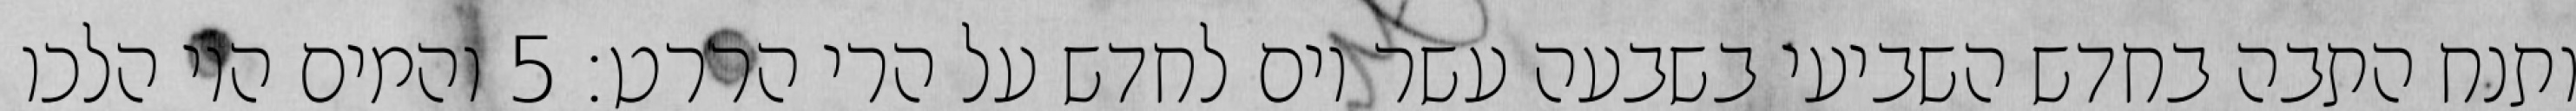
ותנח התבה בחדש השביעי בשבעה עשר יום לחדש על הרי הררט׃ ‎5‏ והמים היו הלכו